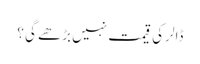
ڈالر کی قیمت نہیں بڑھے گی ؟